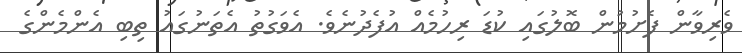
ވެރިވާން ފެށުމުން ބޮލުގައި ކުޑަ ރިހުމެއް އުފެދުނެވެ. އެވަގުތު އެތަނުގައު ތިބި އެންމެންގެ